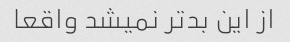
از این بدتر نمیشد واقعا